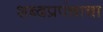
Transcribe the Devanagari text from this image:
शब्दप्रपंचाचा